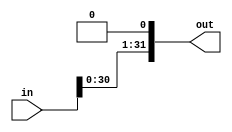
module shiftLeft1(in, out);

	input [31:0] in;
	
	output [31:0] out;
	
	assign out[31:1] = in[30:0];
	assign out[0] = 1'b0;

endmodule